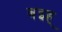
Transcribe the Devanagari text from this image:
बइह्‌